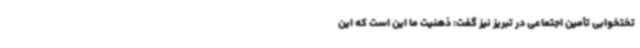
تختخوابی تأمین اجتماعی در تبریز نیز گفت: ذهنیت ما این است که این